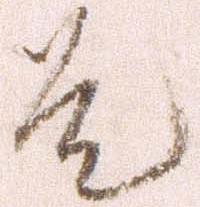
是